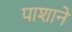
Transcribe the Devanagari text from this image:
पाशाने